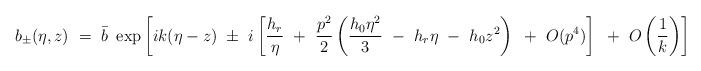
LaTeX: \begin{align*}b_{\pm} (\eta,z) ~=~ \bar{b}~ \exp \left[ i k ( \eta - z ) ~\pm~ i \left[ \frac {h_{r}} \eta ~+~ \frac{p^{2}}{2} \left( \frac{h_{0} \eta^2}{3} ~-~ h_{r} \eta ~-~ h_{0} z^2 \right) ~+~ O(p^4) \right] ~+~ O\left(\frac 1 k \right) \right]\end{align*}